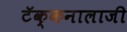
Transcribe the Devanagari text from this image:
टॅक्कनालाजी